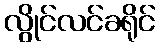
လွိုင်လင်ခရိုင်